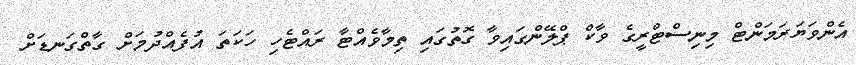
އެންވަޔަރަމަންޓް މިނިސްޓްރީގެ ވާކް ޕްލޭންގައިވާ ގޮތުގައި ތިމާވެއްޓާ ރައްޓެހި ހަކަތަ އުފެއްދުމަށް ގާތްގަނޑަށް